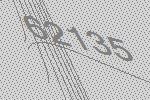
62135